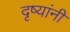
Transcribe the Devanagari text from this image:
दृष्यांनी